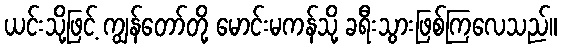
ယင်းသို့ဖြင့် ကျွန်တော်တို့ မောင်းမကန်သို့ ခရီးသွားဖြစ်ကြလေသည်။